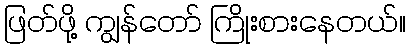
ဖြတ်ဖို့ ကျွန်တော် ကြိုးစားနေတယ်။